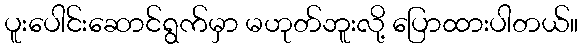
ပူးပေါင်းဆောင်ရွက်မှာ မဟုတ်ဘူးလို့ ပြောထားပါတယ်။